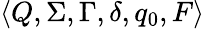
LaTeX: \langle Q,\Sigma,\Gamma,\delta,q_{0},F\rangle